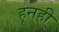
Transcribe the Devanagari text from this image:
हूनही